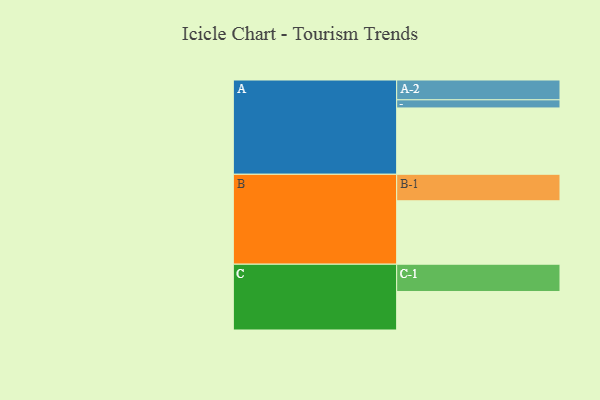
{"axis": {"x": "Segment", "y": "Value"}, "legend": ["", "A", "B", "C"], "data": [{"x": "A", "y": 596, "type": ""}, {"x": "B", "y": 570, "type": ""}, {"x": "C", "y": 346, "type": ""}, {"x": "A-1", "y": 73, "type": "A"}, {"x": "A-2", "y": 178, "type": "A"}, {"x": "B-1", "y": 238, "type": "B"}, {"x": "C-1", "y": 245, "type": "C"}]}